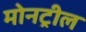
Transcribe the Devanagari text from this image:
मोनट्रील